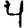
Digit: 4